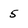
Character: 5